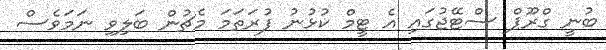
ބުނީ ގްރޫޕް ސްޓޭޖުގައި އެ ޓީމް ކުޅުނު ފުރަތަމަ މެޗުން ބަލިވި ނަމަވެސް